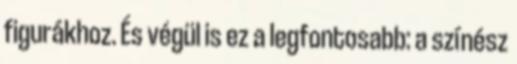
figurákhoz. És végül is ez a legfontosabb: a színész